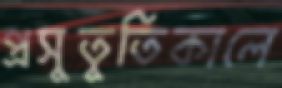
প্রসুতুতিকালে